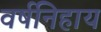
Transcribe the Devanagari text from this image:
वर्षनिहाय